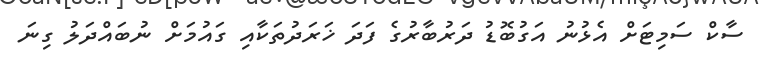
ސާކް ސަމިޓަށް އެޅުނު އަގުބޮޑު ދަރުބާރުގެ ފަދަ ޚަރަދުތަކާއި ގައުމަށް ނުބައްދަލު ގިނަ